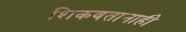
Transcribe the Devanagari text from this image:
शिकवतानाही